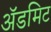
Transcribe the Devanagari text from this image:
ॲडमिट